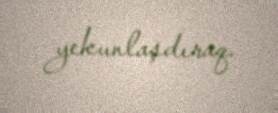
yekunlaşdıraq.